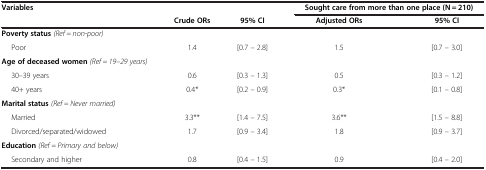
<table><thead><tr><td rowspan="2"><b>Variables</b></td><td><b> </b></td><td><b> </b></td><td colspan="2"><b>Sought care from more than one place (N = 210)</b></td></tr><tr><td><b>Crude ORs</b></td><td><b>95% CI</b></td><td><b>Adjusted ORs</b></td><td><b>95% CI</b></td></tr></thead><tbody><tr><td><b>Poverty status</b><i>(Ref = non-poor)</i></td><td> </td><td> </td><td> </td><td> </td></tr><tr><td>Poor</td><td>1.4</td><td>[0.7 – 2.8]</td><td>1.5</td><td>[0.7 – 3.0]</td></tr><tr><td><b>Age of deceased women</b><i>(Ref = 19–29 years)</i></td><td> </td><td> </td><td> </td><td> </td></tr><tr><td>30–39 years</td><td>0.6</td><td>[0.3 – 1.3]</td><td>0.5</td><td>[0.3 – 1.2]</td></tr><tr><td>40+ years</td><td>0.4*</td><td>[0.2 – 0.9]</td><td>0.3*</td><td>[0.1 – 0.8]</td></tr><tr><td><b>Marital status</b><i>(Ref = Never married)</i></td><td> </td><td> </td><td> </td><td> </td></tr><tr><td>Married</td><td>3.3**</td><td>[1.4 – 7.5]</td><td>3.6**</td><td>[1.5 – 8.8]</td></tr><tr><td>Divorced/separated/widowed</td><td>1.7</td><td>[0.9 – 3.4]</td><td>1.8</td><td>[0.9 – 3.7]</td></tr><tr><td><b>Education</b><i>(Ref = Primary and below)</i></td><td> </td><td> </td><td> </td><td> </td></tr><tr><td>Secondary and higher</td><td>0.8</td><td>[0.4 – 1.5]</td><td>0.9</td><td>[0.4 – 2.0]</td></tr></tbody></table>